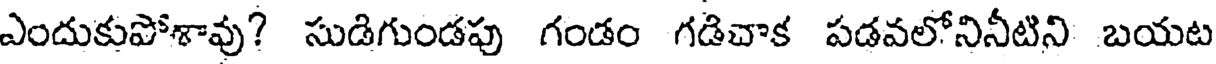
ఎందుకుపోశావు? సుడిగుండపు గండం గడిచాక పడవలోనినీటిని బయట